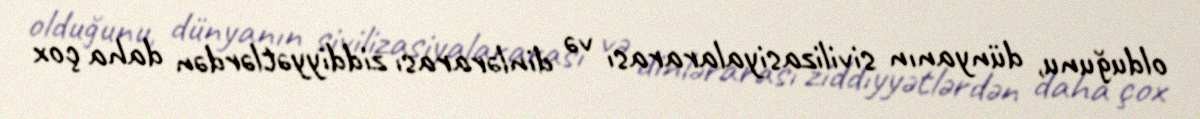
olduğunu, dünyanın sivilizasiyalararası və dinlərarası ziddiyyətlərdən daha çox